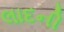
લાદની